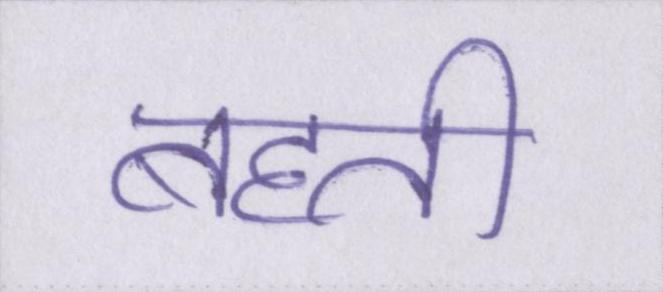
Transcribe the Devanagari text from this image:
बहती